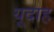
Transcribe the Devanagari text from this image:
यूदाह